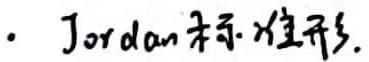
. Jordan标准形.